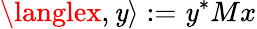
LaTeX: \langlex,\mathit{y}\rangle:=\mathit{y}^{*}Mx